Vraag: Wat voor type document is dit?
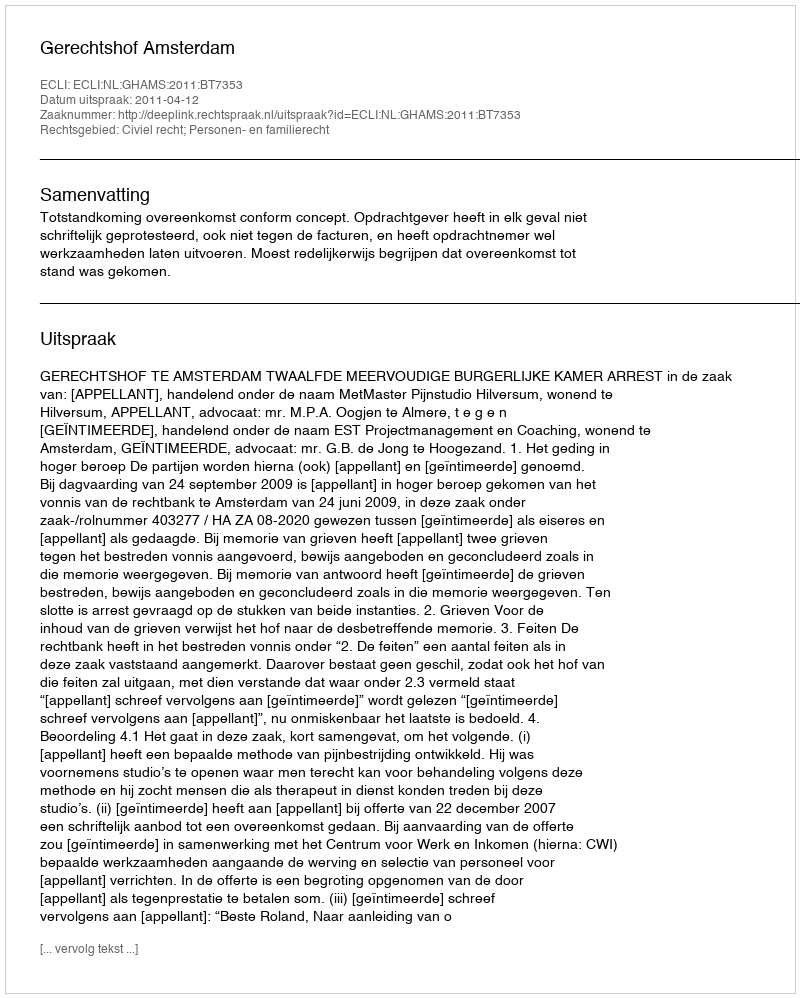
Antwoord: Uitspraak